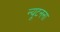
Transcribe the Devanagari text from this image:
न्यूटनना